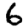
Digit: 6